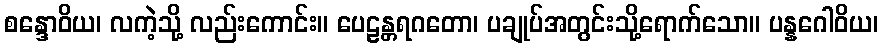
စန္ဒောဝိယ၊ လကဲ့သို့ လည်းကောင်း။ ပေဠန္တရဂတော၊ ပချုပ်အတွင်းသို့ရောက်သော။ ပန္နဂေါဝိယ၊